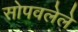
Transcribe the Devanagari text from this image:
सोपवलेले